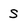
Character: s